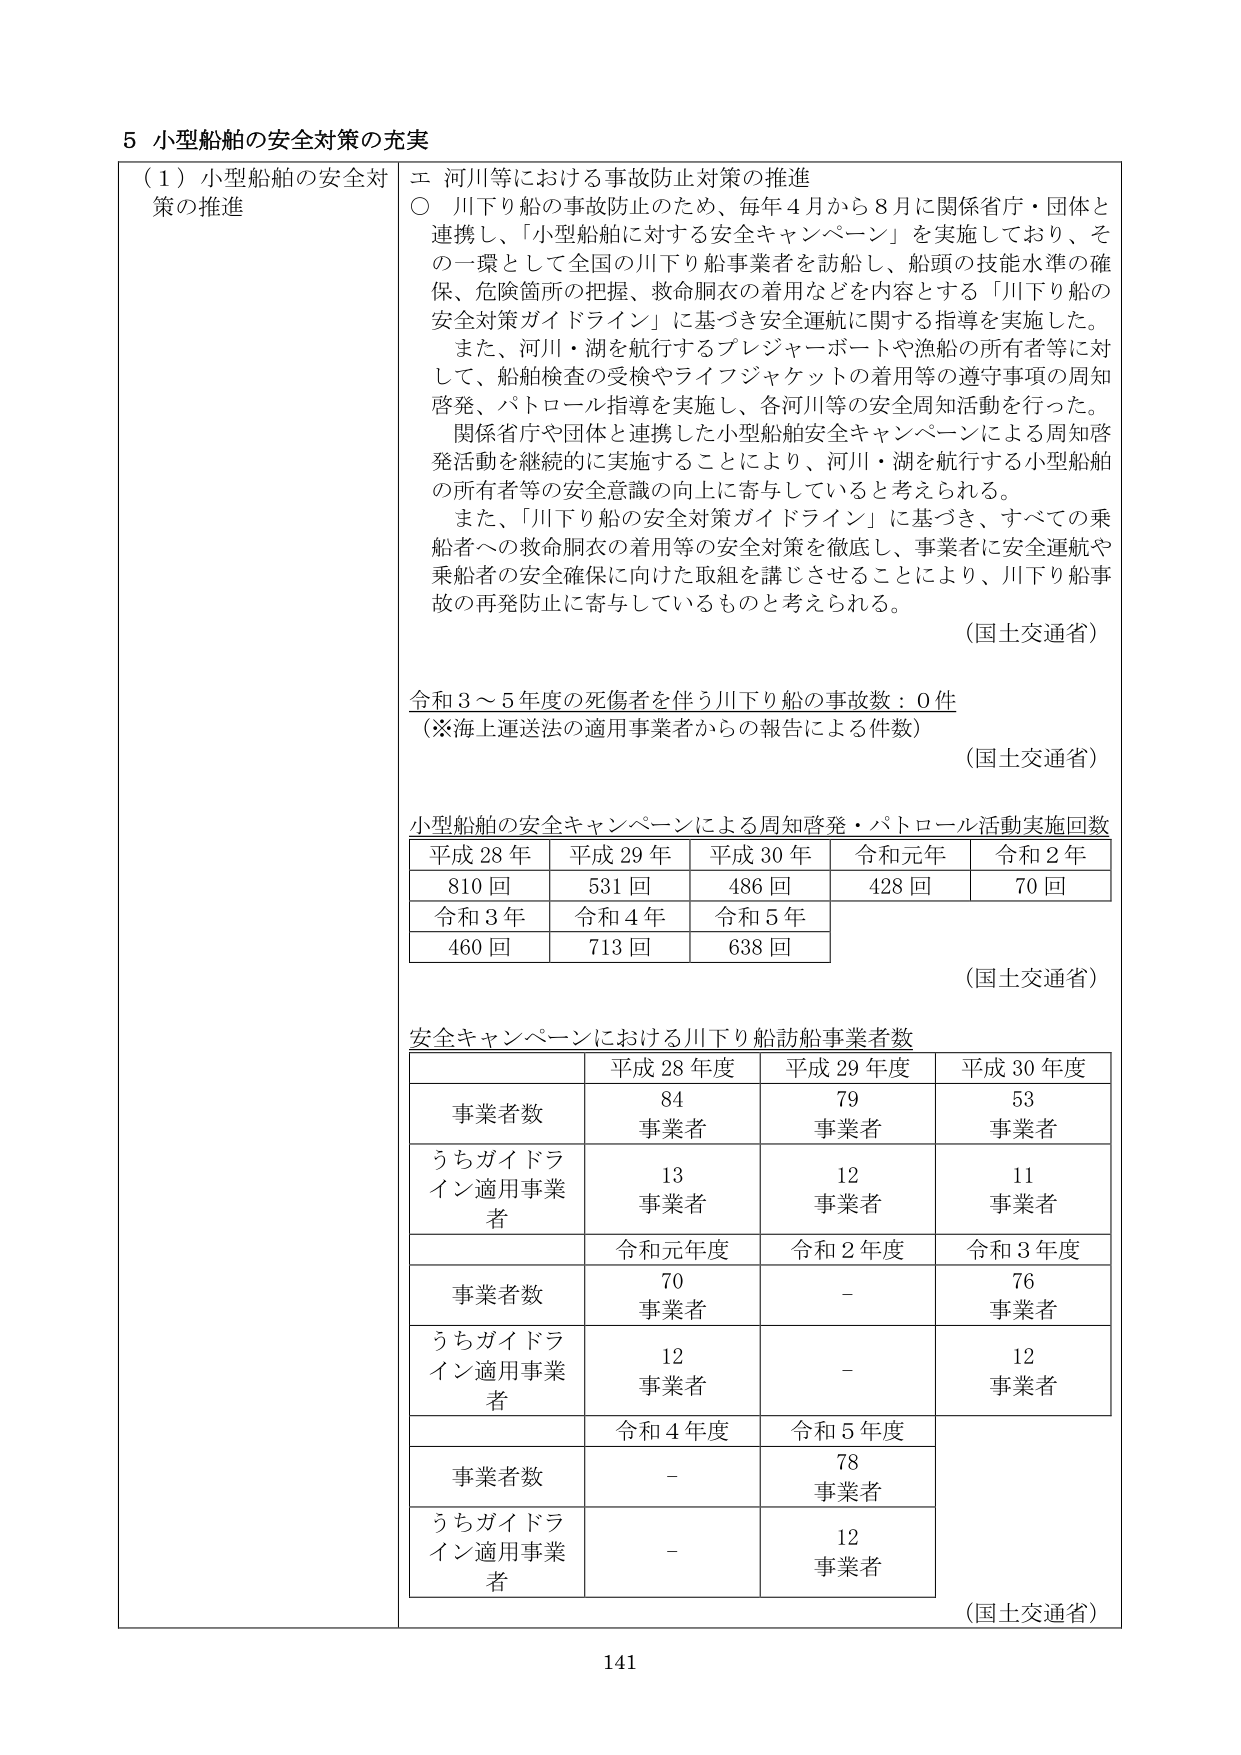
5 小型船舶の安全対策の充実

（1）小型船舶の安全対策の推進

エ 河川等における事故防止対策の推進
○ 川下り船の事故防止のため、毎年4月から8月に関係省庁・団体と連携し、「小型船舶に対する安全キャンペーン」を実施しており、その一環として全国の川下り船事業者を訪船し、船頭の技能水準の確保、危険箇所の把握、救命胴衣の着用などを内容とする「川下り船の安全対策ガイドライン」に基づき安全運航に関する指導を実施した。
また、河川・湖を航行するプレジャーボートや漁船の所有者等に対して、船舶検査の受検やライフジャケットの着用等の遵守事項の周知啓発、パトロール指導を実施し、各河川等の安全周知活動を行った。
関係省庁や団体と連携した小型船舶安全キャンペーンによる周知啓発活動を継続的に実施することにより、河川・湖を航行する小型船舶の所有者等の安全意識の向上に寄与していると考えられる。
また、「川下り船の安全対策ガイドライン」に基づき、すべての乗船者への救命胴衣の着用等の安全対策を徹底し、事業者に安全運航や乗船者の安全確保に向けた取組を講じさせることにより、川下り船事故の再発防止に寄与しているものと考えられる。
（国土交通省）

令和3～5年度の死傷者を伴う川下り船の事故数：0件
（※海上運送法の適用事業者からの報告による件数）
（国土交通省）

小型船舶の安全キャンペーンによる周知啓発・パトロール活動実施回数
平成28年 平成29年 平成30年 令和元年 令和2年
810回 531回 486回 428回 70回
令和3年 令和4年 令和5年
460回 713回 638回
（国土交通省）

安全キャンペーンにおける川下り船訪船事業者数
平成28年度 平成29年度 平成30年度
事業者数 84事業者 79事業者 53事業者
うちガイドライン適用事業者 13事業者 12事業者 11事業者
令和元年度 令和2年度 令和3年度
事業者数 70事業者 - 76事業者
うちガイドライン適用事業者 12事業者 - 12事業者
令和4年度 令和5年度
事業者数 - 78事業者
うちガイドライン適用事業者 - 12事業者
（国土交通省）

141